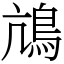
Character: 䲳